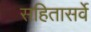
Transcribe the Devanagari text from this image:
सहितासर्वे